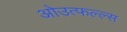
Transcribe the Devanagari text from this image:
ओउत्फल्ल्स